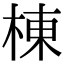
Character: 棟